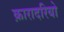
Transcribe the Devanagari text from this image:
क़ारादरियो